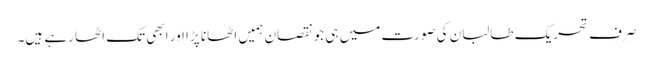
صرف تحریک طالبان کی صورت میں ہی جو نقصان ہمیں اٹھانا پڑا اور ابھی تک اٹھا رہے ہیں۔